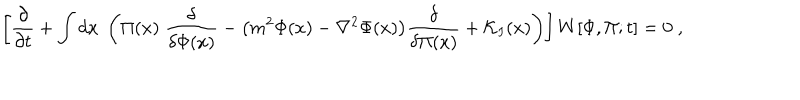
\left[ { \frac { \partial } { \partial t } } + \int d x \; \left( \Pi ( x ) \; { \frac { \delta } { \delta \Phi ( x ) } } - \big ( m ^ { 2 } \Phi ( x ) - \nabla ^ { 2 } \Phi ( x ) \big ) { \frac { \delta } { \delta \Pi ( x ) } } + { \cal K } _ { I } ( x ) \right) \right] W [ \Phi , \Pi ; t ] = 0 \; ,